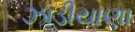
ઝાડીયાણા